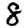
Digit: 8